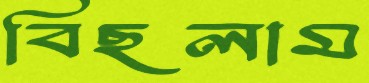
বিছলাম